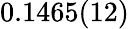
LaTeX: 0.1465(12)